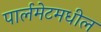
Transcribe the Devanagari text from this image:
पार्लमेटमधील